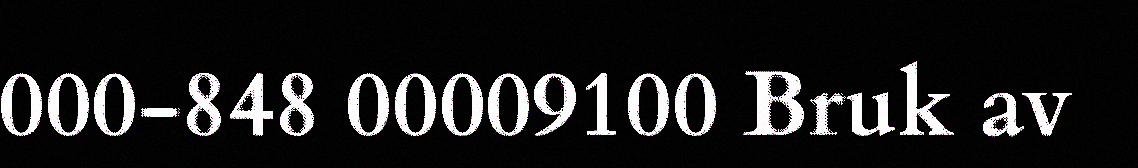
000-848 00009100 Bruk av